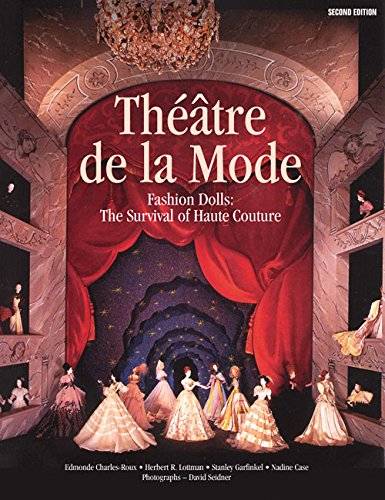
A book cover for ThÃ©Ã¢tre de la Mode: Fashion Dolls: The Survival of Haute Couture; Edmond Charles-Roux; Arts & Photography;